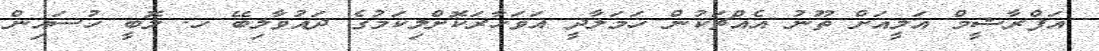
އަފްރާޝީމް އަލީއަށް ތޫނު އެއްޗަކުން ހަމަލާދީ އަވަހާރަކޮށްލިކަމުގެ ދައުވާލިބޭ ހ. ލޮބީ ހުސައިން